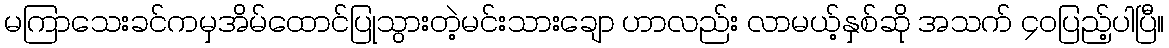
မကြာသေးခင်ကမှအိမ်ထောင်ပြုသွားတဲ့မင်းသားချော ဟာလည်း လာမယ့်နှစ်ဆို အသက် ၄၀ပြည့်ပါပြီ။